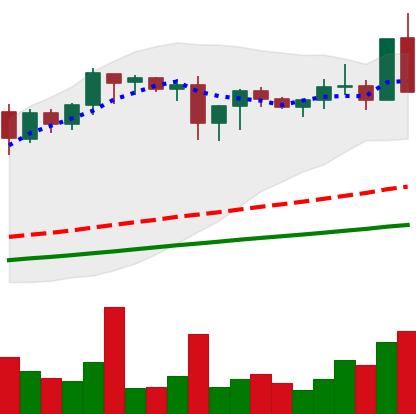
Ticker: XMR-USD
Chart end date: 2020-08-21
Forward return: -3.722%
Label: down_3_5